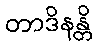
တာဒိနန္တိ